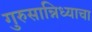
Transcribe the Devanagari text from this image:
गुरुसान्निध्याचा